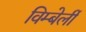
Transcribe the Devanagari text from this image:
विम्बेर्ली